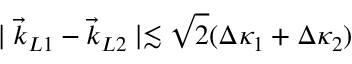
\mid \vec { k } _ { L 1 } - \vec { k } _ { L 2 } \mid \lesssim \sqrt { 2 } ( \Delta \kappa _ { 1 } + \Delta \kappa _ { 2 } )